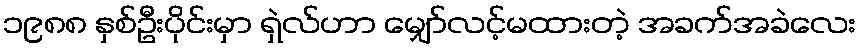
၁၉၈၈ နှစ်ဦးပိုင်းမှာ ရှဲလ်ဟာ မျှော်လင့်မထားတဲ့ အခက်အခဲလေး